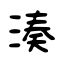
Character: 湊